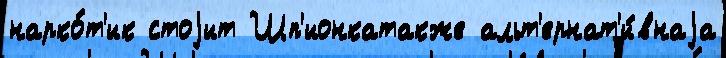
нарко́т'ик стоjит Шп'ионкатакже альт'ернат'и́внаjа